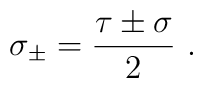
\sigma_{\pm} = \frac{\tau\pm\sigma}{2}\ .